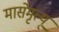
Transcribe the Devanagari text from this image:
मासेमृत्यू